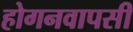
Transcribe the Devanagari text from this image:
होगनवापसी